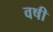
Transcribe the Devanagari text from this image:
वषी